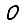
Digit: 0